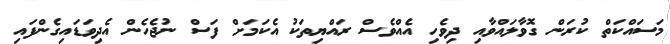
މަސައްކަތް ކުރަން ގޮވާލައްވާއި ދިވެހި އެއްވެސް ރައްޔިތަކު އެކަމަށް ފަސް ނުޖެހެން އެދިވަޑައިގެންފައި